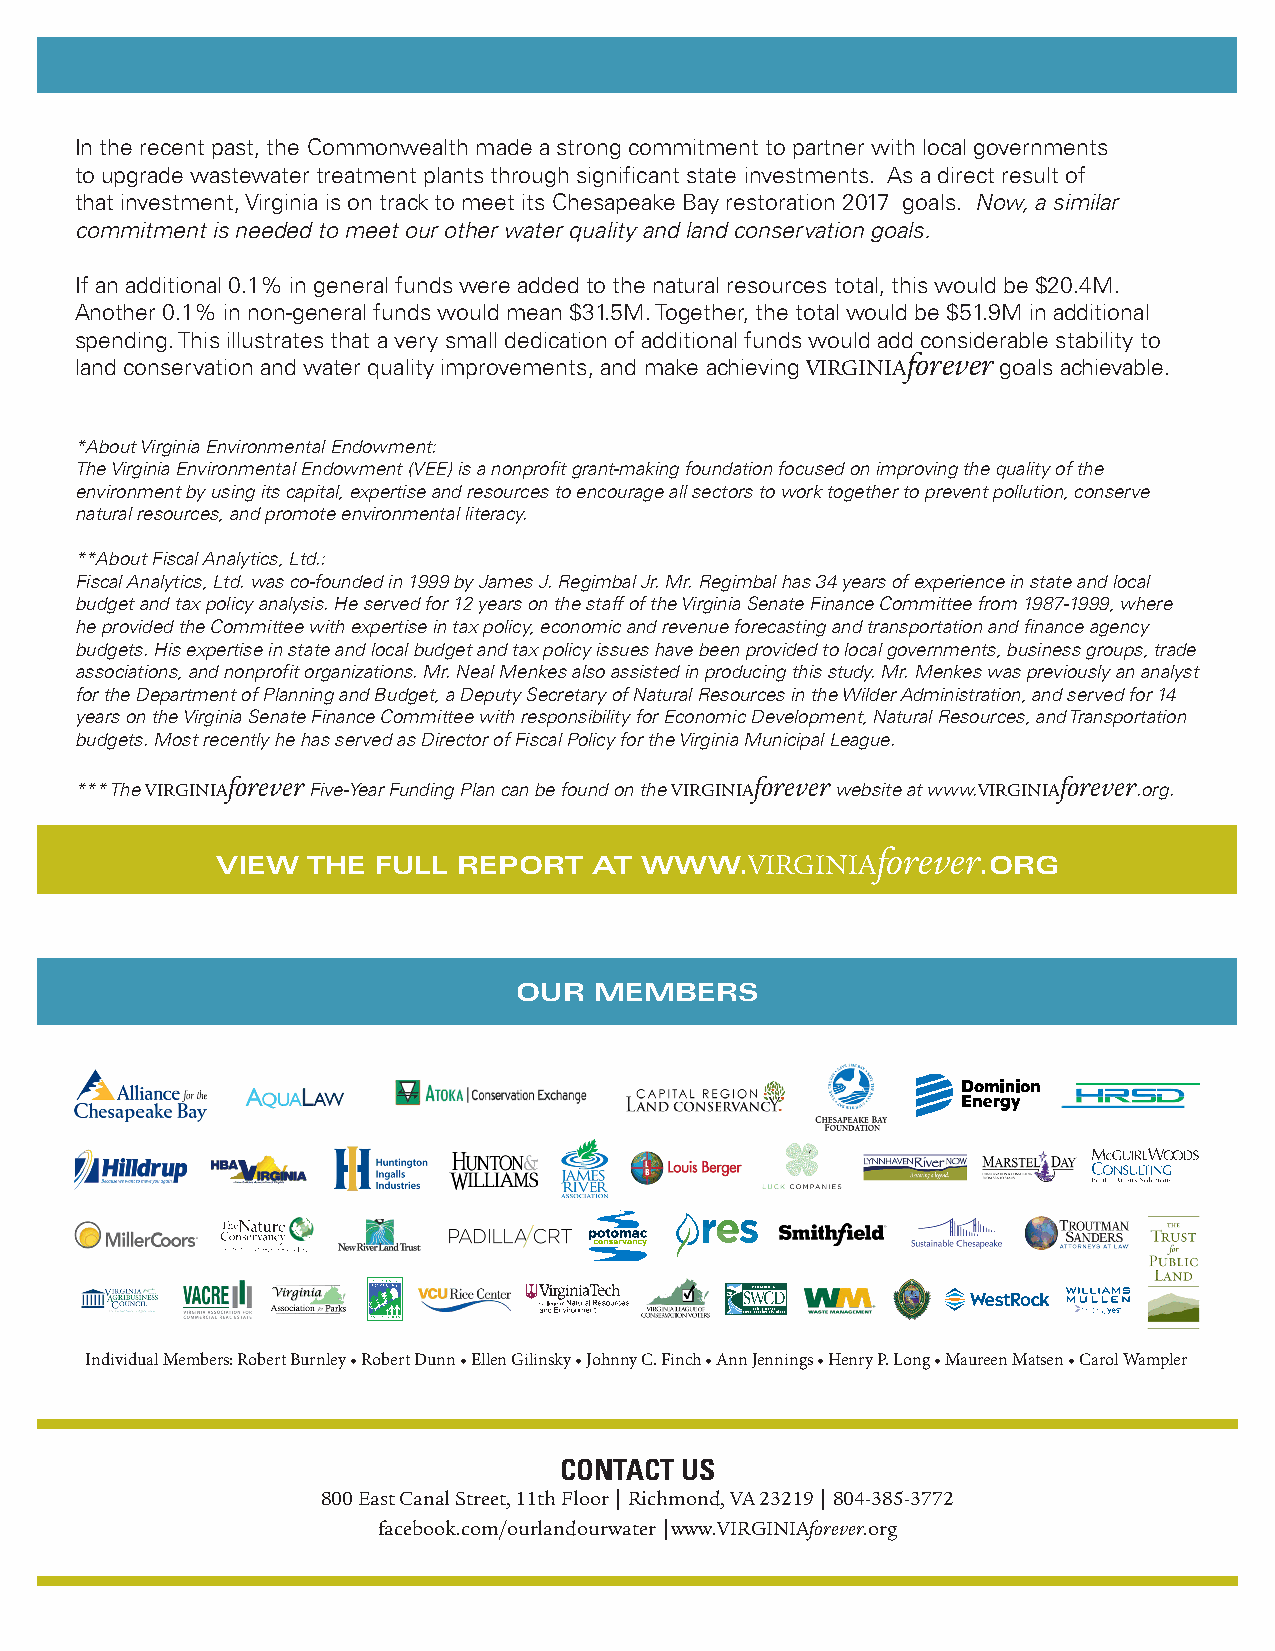
In the recent past, the Commonwealth made a strong commitment to partner with local governments
 to upgrade wastewater treatment plants through significant state investments. As a direct result of
 that investment, Virginia is on track to meet its Chesapeake Bay restoration 2017 goals. Now, a similar
 commitment is needed to meet our other water quality and land conservation goals.
 If an additional 0.1% in general funds were added to the natural resources total, this would be $20.4M.
 Another 0.1% in non-general funds would mean $31.5M. Together, the total would be $51.9M in additional
 spending. This illustrates that a very small dedication of additional funds would add considerable stability to
 forever
 land conservation and water quality improvements, and make achieving VIRGINIA goals achievable.
 *About Virginia Environmental Endowment:
 The Virginia Environmental Endowment (VEE) is a nonprofit grant-making foundation focused on improving the quality of the
 environment by using its capital, expertise and resources to encourage all sectors to work together to prevent pollution, conserve
 natural resources, and promote environmental literacy.
 **About Fiscal Analytics, Ltd.:
 Fiscal Analytics, Ltd. was co-founded in 1999 by James J. Regimbal Jr. Mr. Regimbal has 34 years of experience in state and local
 budget and tax policy analysis. He served for 12 years on the staff of the Virginia Senate Finance Committee from 1987-1999, where
 he provided the Committee with expertise in tax policy, economic and revenue forecasting and transportation and finance agency
 budgets. His expertise in state and local budget and tax policy issues have been provided to local governments, business groups, trade
 associations, and nonprofit organizations. Mr. Neal Menkes also assisted in producing this study. Mr. Menkes was previously an analyst
 for the Department of Planning and Budget, a Deputy Secretary of Natural Resources in the Wilder Administration, and served for 14
 years on the Virginia Senate Finance Committee with responsibility for Economic Development, Natural Resources, and Transportation
 budgets. Most recently he has served as Director of Fiscal Policy for the Virginia Municipal League.
 forever                            forever             forever
 *** The VIRGINIA Five-Year Funding Plan can be found on the VIRGINIA website at www.VIRGINIA .org.
 forever
 VIEW  THE  FULL REPORT   AT WWW.VIRGINIA           .ORG
 OUR  MEMBERS
 VIRGINIA’S
 Individual Members: Robert Burnley • Robert Dunn • Ellen Gilinsky • Johnny C. Finch • Ann Jennings • Henry P. Long • Maureen Matsen • Carol Wampler
 CONTACT US
 800 East Canal Street, 11th Floor | Richmond, VA 23219 | 804-385-3772
 facebook.com/ourlandourwater |www.VIRGINIAforever.org